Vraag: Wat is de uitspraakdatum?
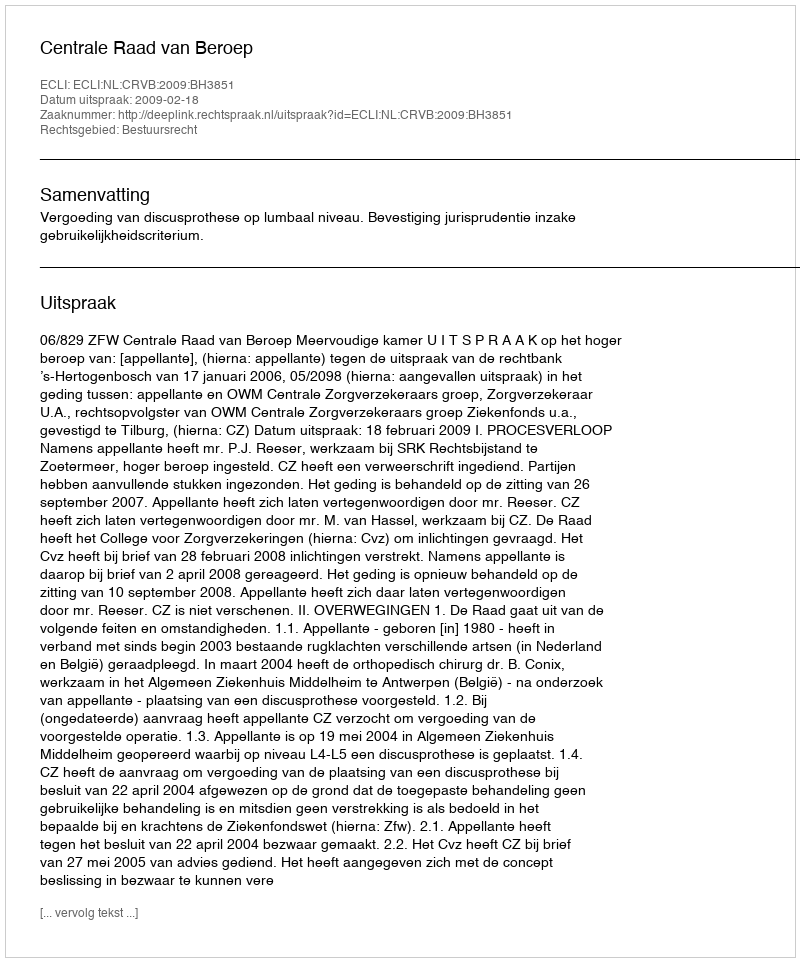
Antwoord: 2009-02-18